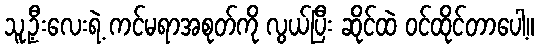
သူ့ဦးလေးရဲ့ ကင်မရာအစုတ်ကို လွယ်ပြီး ဆိုင်ထဲ ဝင်ထိုင်တာပေါ့။